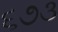
૬૭૩